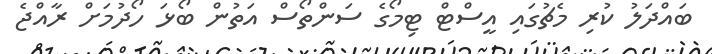
ބައްދަލު ކުރި މެޗުގައި އީސްޓް ޓިމޯގެ ސަންތޯސް އަތުން ބޯޅަ ހޯދުމަށް ރާއްޖެ